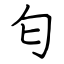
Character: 匂